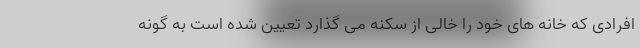
افرادی که خانه های خود را خالی از سکنه می گذارد تعیین شده است به گونه